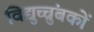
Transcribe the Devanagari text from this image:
विद्युच्चुंबकों